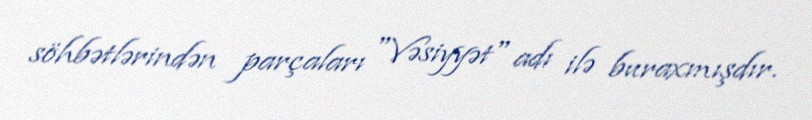
söhbətlərindən parçaları "Vəsiyyət" adı ilə buraxmışdır.